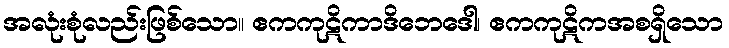
အလုံးစုံလည်းဖြစ်သော။ ဧကကုဋိကာဒိဘေဒေါ၊ ဧကကုဋိကအစရှိသော